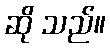
ဆို သည်။